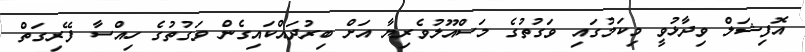
އޮފިޝަލް ވިދާޅުވީ މިކަމުގައި ވަގުތުގެ މަސްއޫލުވެރިޔާ އަށް ބިރުދައްކައިގެން ވަގުތުގެ ހިއްސާ ފޭރިގަތް